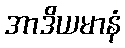
အာဒိယမာနံ